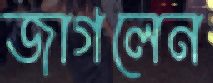
জাগলেন